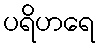
ပရိဟရေ